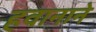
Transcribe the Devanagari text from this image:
हवानाने